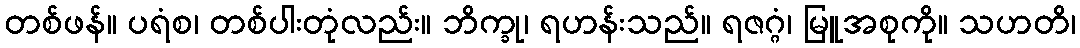
တစ်ဖန်။ ပရံစ၊ တစ်ပါးတုံလည်း။ ဘိက္ခု၊ ရဟန်းသည်။ ရဇဂ္ဂံ၊ မြူအစုကို။ သဟတိ၊